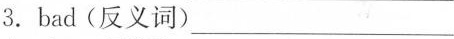
3.bad(反义词)___